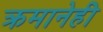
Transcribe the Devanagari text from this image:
क्रमानेही